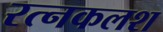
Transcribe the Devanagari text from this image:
रत्‍नकलश